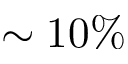
\sim 1 0 \%